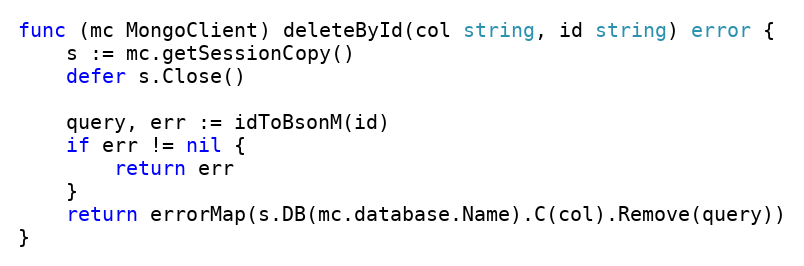
Language: Go
func (mc MongoClient) deleteById(col string, id string) error {
	s := mc.getSessionCopy()
	defer s.Close()

	query, err := idToBsonM(id)
	if err != nil {
		return err
	}
	return errorMap(s.DB(mc.database.Name).C(col).Remove(query))
}